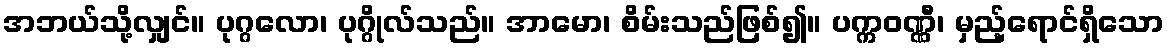
အဘယ်သို့လျှင်။ ပုဂ္ဂလော၊ ပုဂ္ဂိုလ်သည်။ အာမော၊ စိမ်းသည်ဖြစ်၍။ ပက္ကဝဏ္ဏီ၊ မှည့်ရောင်ရှိသော